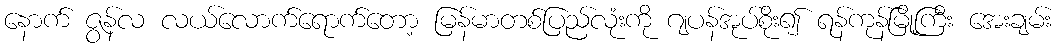
နောက် ဇွန်လ လယ်လောက်ရောက်တော့ မြန်မာတစ်ပြည်လုံးကို ဂျပန်အုပ်စိုး၍ ရန်ကုန်မြို့ကြီး အေးချမ်း